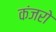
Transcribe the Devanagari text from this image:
कंजरो